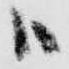
ハ